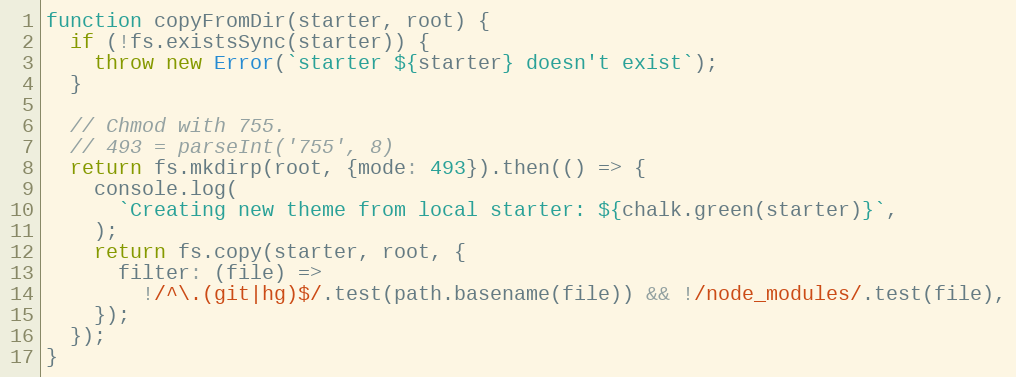
Language: JavaScript
function copyFromDir(starter, root) {
  if (!fs.existsSync(starter)) {
    throw new Error(`starter ${starter} doesn't exist`);
  }

  // Chmod with 755.
  // 493 = parseInt('755', 8)
  return fs.mkdirp(root, {mode: 493}).then(() => {
    console.log(
      `Creating new theme from local starter: ${chalk.green(starter)}`,
    );
    return fs.copy(starter, root, {
      filter: (file) =>
        !/^\.(git|hg)$/.test(path.basename(file)) && !/node_modules/.test(file),
    });
  });
}